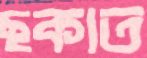
ছকাত